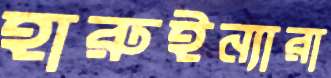
হারুইন্যারা